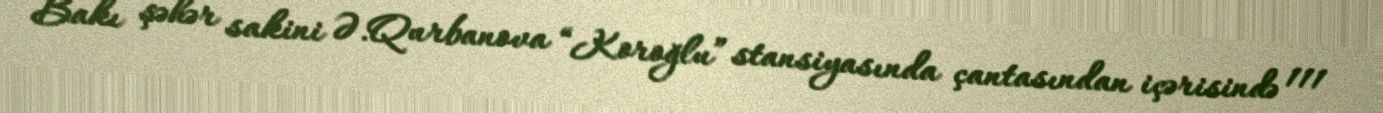
Bakı şəhər sakini Ə.Qurbanova “Koroğlu” stansiyasında çantasından içərisində 111